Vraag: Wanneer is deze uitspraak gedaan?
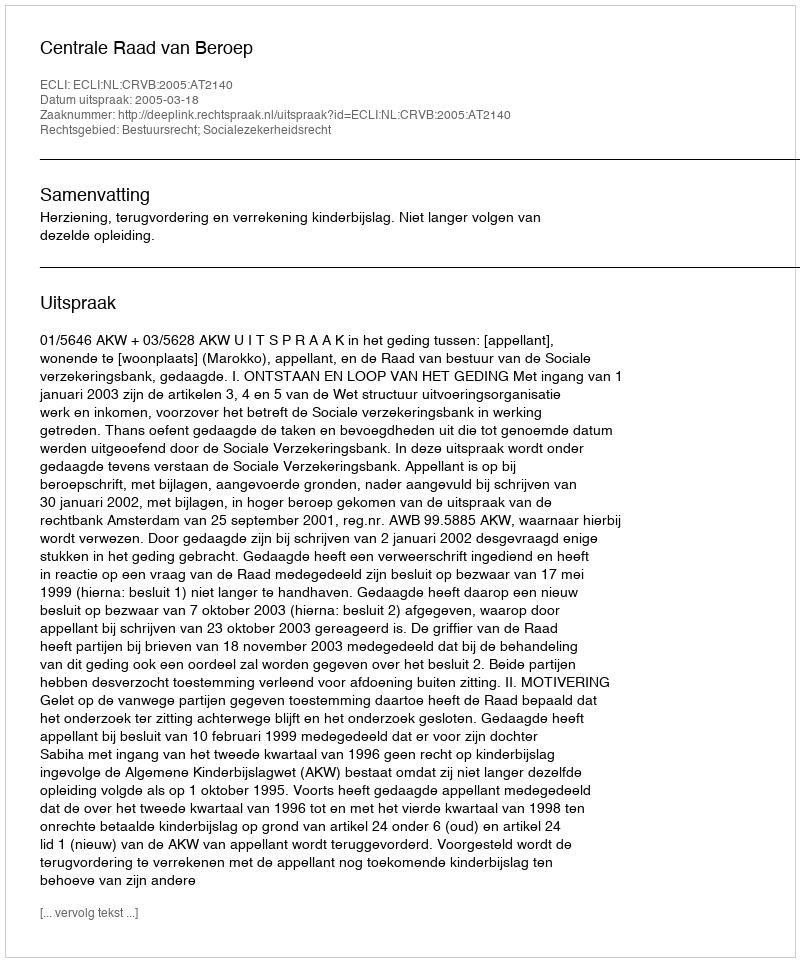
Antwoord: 2005-03-18